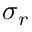
\sigma _ { r }